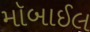
મૉબાઈલ